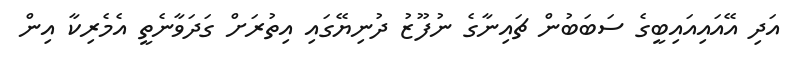
އަދި އޭއައިއައިބީގެ ސަބަބުން ޗައިނާގެ ނުފޫޒު ދުނިޔޭގައި އިތުރަށް ގަދަވާނެތީ އެމެރިކާ އިން